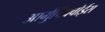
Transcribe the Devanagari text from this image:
आर्मुचिक्वोईस